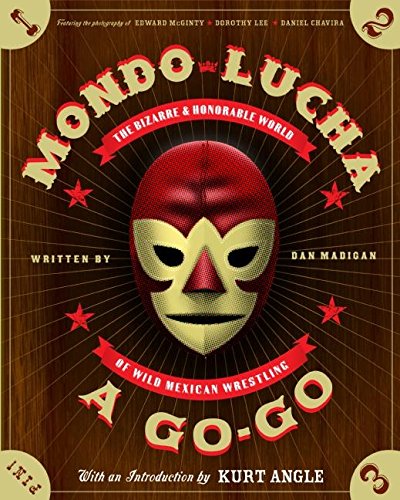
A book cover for Mondo Lucha A Go-Go: The Bizarre and Honorable World of Wild Mexican Wrestling; Dan Madigan; Sports & Outdoors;